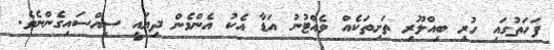
ފަހަތުގައި ހުރި ބިއްލޫރި ތަށިތަކެއް ވެއްޓުނު އަޑާ އެކު އެންމެން ދިޔައީ ސިއްސައިގެންނެވެ.